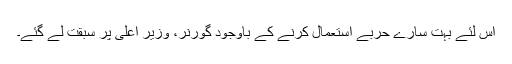
اس لئے بہت سارے حربے استعمال کرنے کے باوجود گورنر، وزیر اعلیٰ پر سبقت لے گئے۔